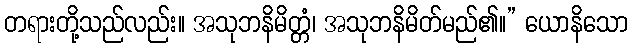
တရားတို့သည်လည်း။ အသုဘနိမိတ္တံ၊ အသုဘနိမိတ်မည်၏။” ယောနိသော